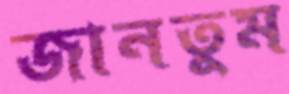
জানতুম